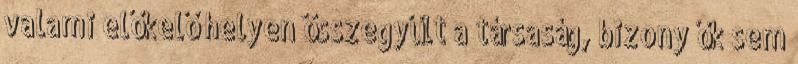
valami előkelő helyen összegyűlt a társaság, bizony ők sem